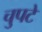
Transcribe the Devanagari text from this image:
चुपटे